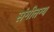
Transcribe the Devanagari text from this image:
संगीतग्य